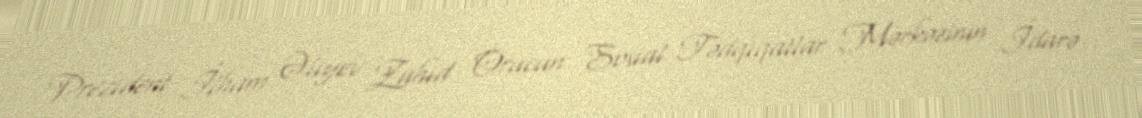
Prezident İlham Əliyev Zahid Orucun Sosial Tədqiqatlar Mərkəzinin İdarə